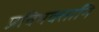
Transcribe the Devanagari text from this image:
प्रविभक्तानि